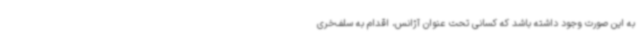
به این صورت وجود داشته باشد که کسانی تحت عنوان آژانس، اقدام به سلف‌خری